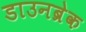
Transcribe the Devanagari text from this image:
डाउनब्रेक